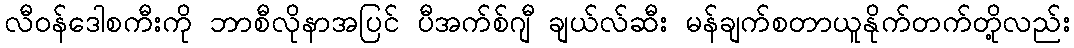
လီဝန်ဒေါစကီးကို ဘာစီလိုနာအပြင် ပီအက်စ်ဂျီ ချယ်လ်ဆီး မန်ချက်စတာယူနိုက်တက်တို့လည်း